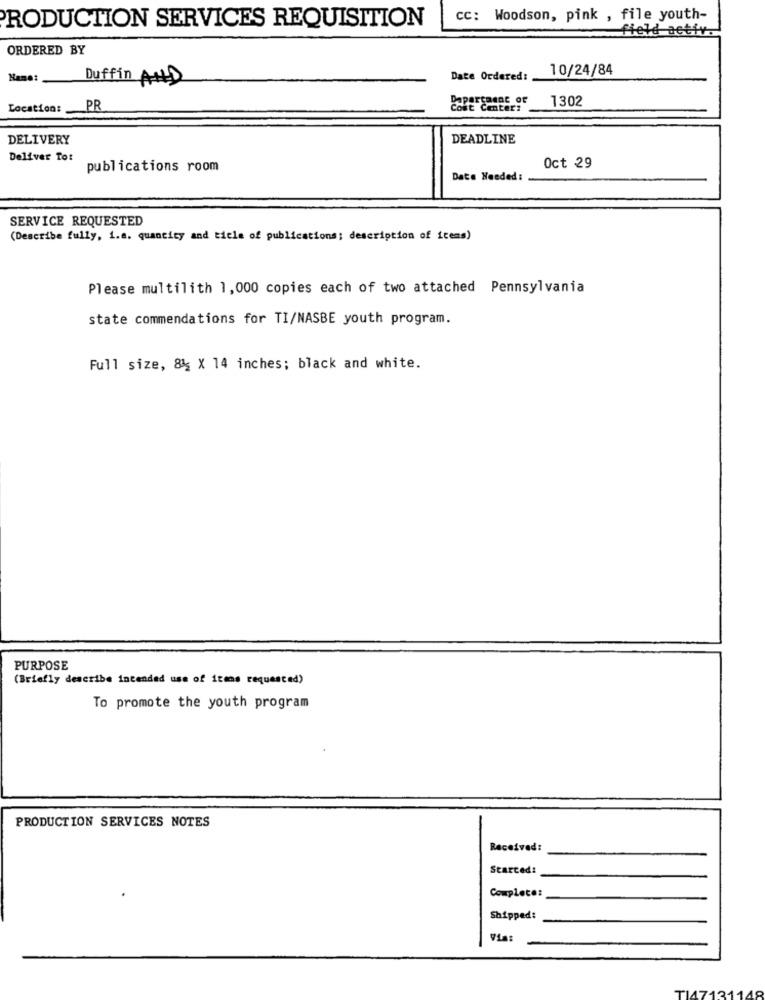
CC: Woodson, pink , file youth-
PRODUCTION SERVICES REQUISITION
field activ.
ORDERED BY
10/24/84
Name:
Duffin AND
Date Ordered:
Department of
1302
Location: __ PR
Cost Center:
DELIVERY
DEADLINE
Deliver To:
publications room
Oct 29
Date Needed :
SERVICE REQUESTED
(Describe fully, i.e. quantity and ticle of publications: description of items)
Please multilith 1,000 copies each of two attached Pennsylvania
state commendations for TI/NASBE youth program.
Full size, 8% X 14 inches; black and white.
PURPOSE
(Briefly describe intended use of items requested)
To promote the youth program
PRODUCTION SERVICES NOTES
Received:
Started!
Complete:
Shipped:
Via:
TIA